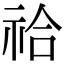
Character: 祫